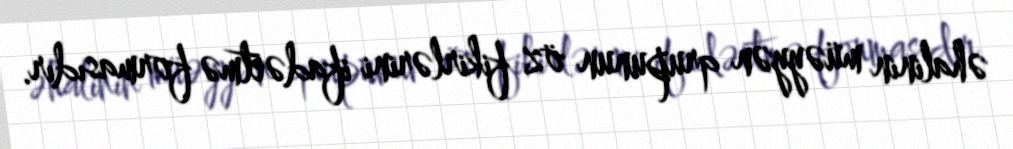
əhalinin müəyyən qrupunun öz fikirlərini ifadəetmə formasıdır.